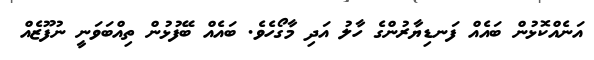
އަނެއްކޮޅުން ބައެއް ފަނޑިޔާރުންގެ ހާލު އަދި މާގޯހެވެ. ބައެއް ބޭފުޅުން ތިއްބަވަނީ ނުފޫޒެއް